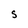
Character: S